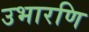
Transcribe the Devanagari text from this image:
उभारणि